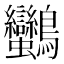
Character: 𪈿